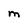
Character: m